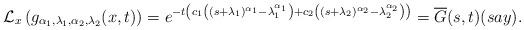
LaTeX: \begin{align*}\mathcal{L}_{x}\left(g_{\alpha_1, \lambda_1, \alpha_2, \lambda_2}(x,t)\right)= e^{-t\left(c_1\left((s+\lambda_1)^{\alpha_1}-\lambda_1^{\alpha_1}\right) + c_2\left((s+\lambda_2)^{\alpha_2}-\lambda_2^{\alpha_2}\right)\right)}={\overline{G}}(s,t) (say).\end{align*}